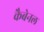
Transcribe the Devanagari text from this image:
कैबेनल